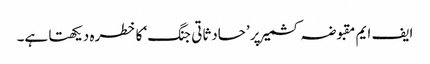
ایف ایم مقبوضہ کشمیر پر ’حادثاتی جنگ‘ کا خطرہ دیکھتا ہے۔